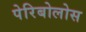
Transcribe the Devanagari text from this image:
पेरिबोलोस